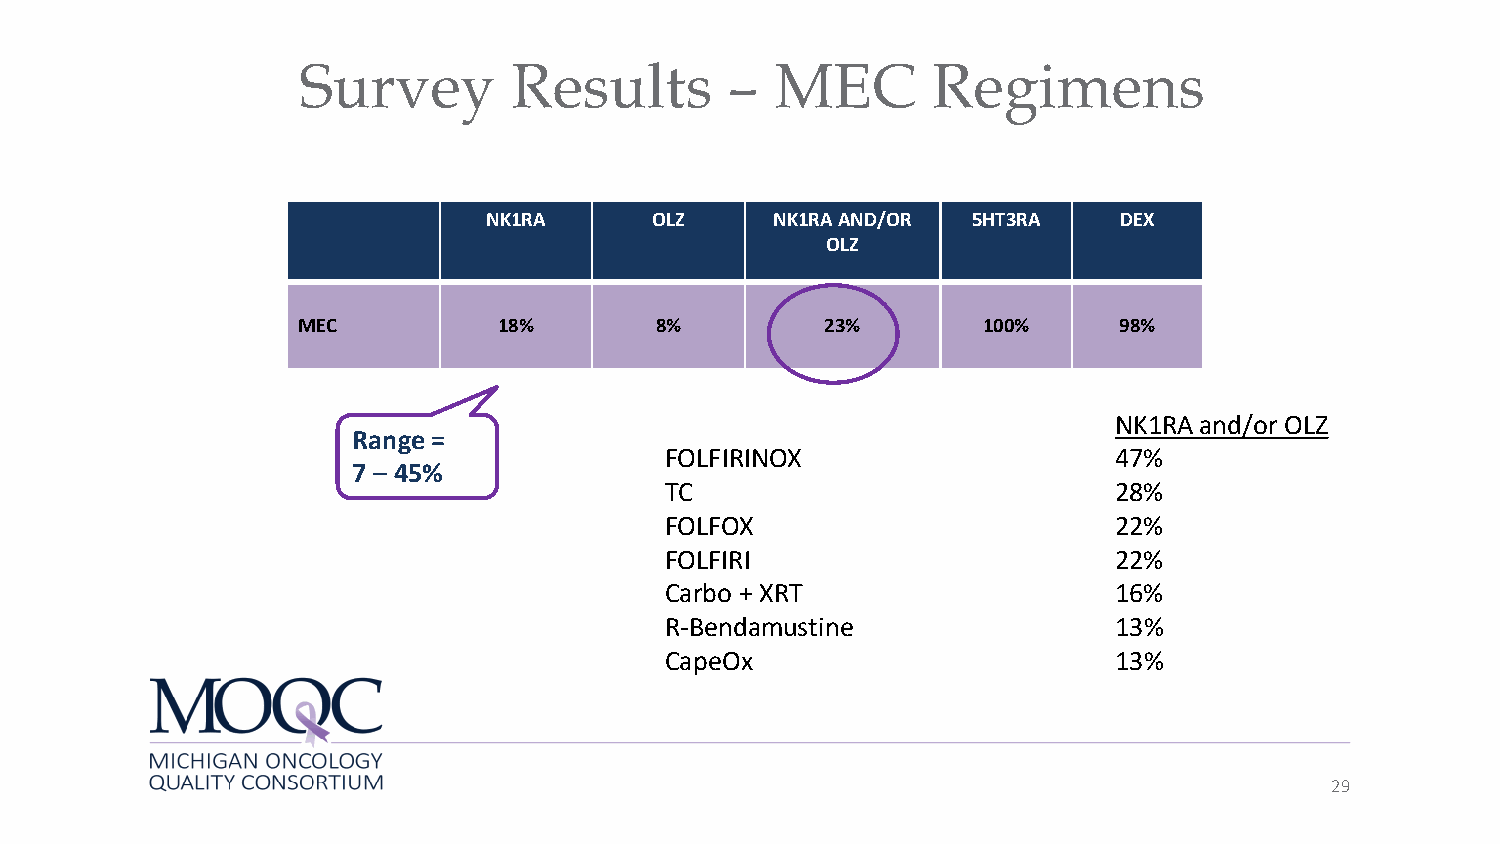
Survey        Results       –  MEC        Regimens
 NK1RA      OLZ     NK1RA AND/OR 5HT3RA    DEX
 OLZ
 MEC          18%       8%          23%       100%     98%
 NK1RA and/or OLZ
 Range =
 FOLFIRINOX                    47%
 7 – 45%
 TC                            28%
 FOLFOX                        22%
 FOLFIRI                       22%
 Carbo + XRT                   16%
 R-Bendamustine                13%
 CapeOx                        13%
 29